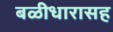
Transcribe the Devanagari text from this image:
बळीधारासह